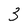
Character: 3